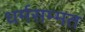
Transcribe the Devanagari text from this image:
धर्मसम्मत